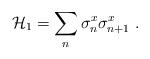
LaTeX: \begin{align*}\mathcal{H}_1=\sum_n \sigma^x_n \sigma^x_{n+1}\ .\end{align*}